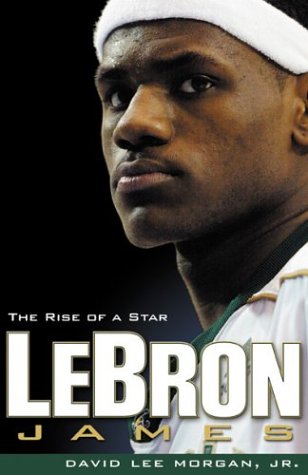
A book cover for LeBron James: The Rise of a Star; David Lee Morgan Jr.; Biographies & Memoirs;